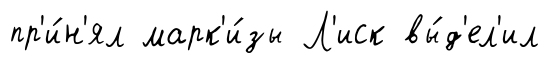
пр'и́н'ял марк'и́зы Л'иск вы́д'ел'ил